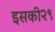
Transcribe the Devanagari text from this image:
इसकी२९